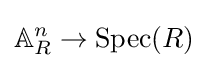
\mathbb {A} _{R}^{n}\to \operatorname {Spec} (R)